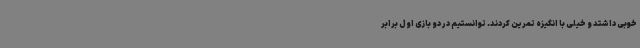
خوبی داشتد و خیلی با انگیزه تمرین کردند. توانستیم در دو بازی اول برابر